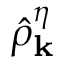
\hat { \rho } _ { \bf k } ^ { \eta }